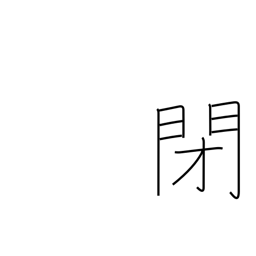
Meaning: closed